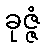
ခုဇ္ဇံ